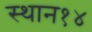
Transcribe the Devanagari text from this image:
स्थान१४